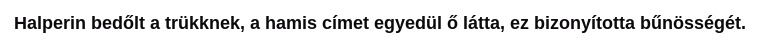
Halperin bedőlt a trükknek, a hamis címet egyedül ő látta, ez bizonyította bűnösségét.